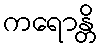
ကရောန္တိ